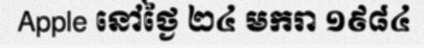
Apple នៅថ្ងៃ ២៤ មករា ១៩៨៤